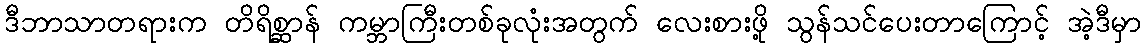
ဒီဘာသာတရားက တိရိစ္ဆာန် ကမ္ဘာကြီးတစ်ခုလုံးအတွက် လေးစားဖို့ သွန်သင်ပေးတာကြောင့် အဲ့ဒီမှာ